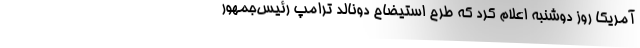
آمریکا روز دوشنبه اعلام کرد که طرح استیضاح دونالد ترامپ رئیس‌جمهور